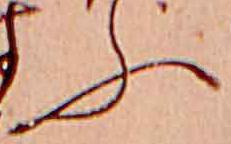
ふ